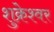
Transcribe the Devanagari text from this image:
शुक्रेश्वर